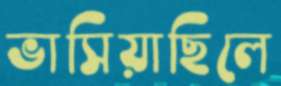
ভাসিয়াছিলে